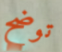
توضح